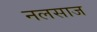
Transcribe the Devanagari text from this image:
नलसाज